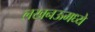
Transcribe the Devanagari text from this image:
लखनऊमध्ये